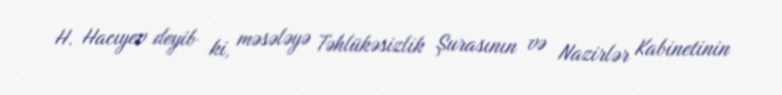
H. Hacıyev deyib ki, məsələyə Təhlükəsizlik Şurasının və Nazirlər Kabinetinin